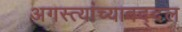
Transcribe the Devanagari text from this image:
अगस्त्यांच्याबद्दल